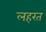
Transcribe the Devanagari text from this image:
लहरत